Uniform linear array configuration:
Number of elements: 32
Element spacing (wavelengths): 0.75
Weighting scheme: blackman
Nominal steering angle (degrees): -45
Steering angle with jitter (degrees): -45.684
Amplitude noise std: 0.05
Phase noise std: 0.05

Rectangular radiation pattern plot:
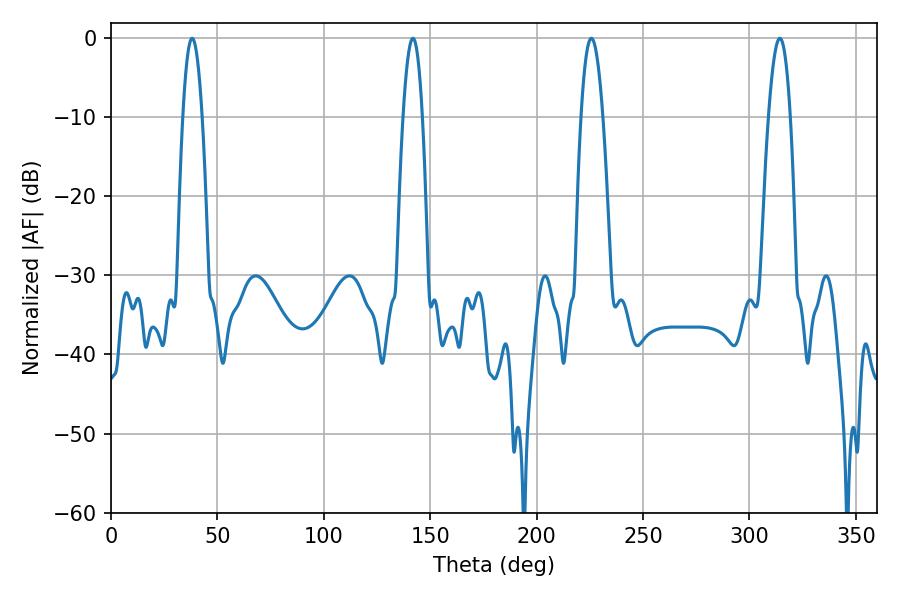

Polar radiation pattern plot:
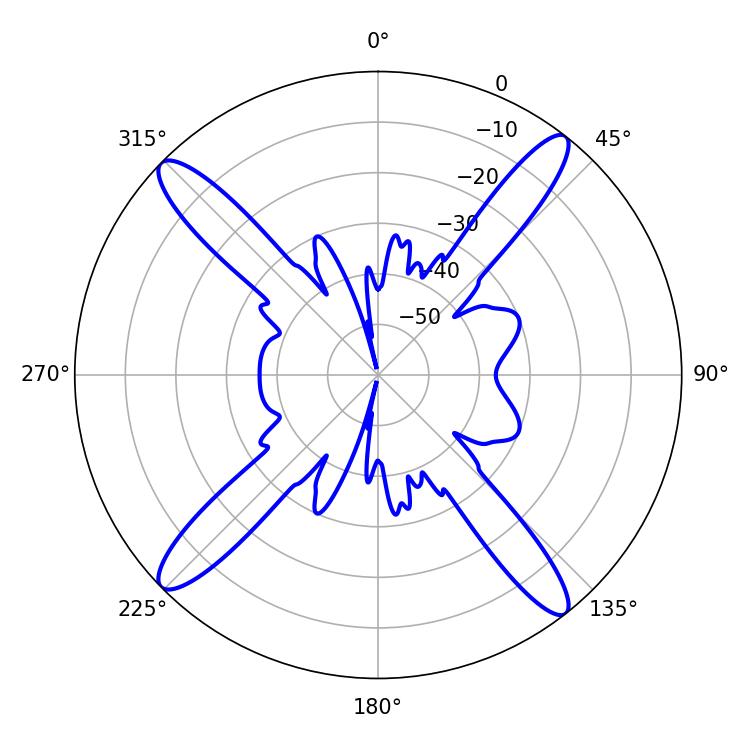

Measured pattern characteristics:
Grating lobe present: TRUE
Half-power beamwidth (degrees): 5.58
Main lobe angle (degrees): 225.72